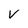
Character: v